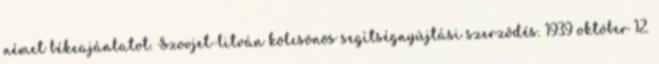
német békeajánlatot. Szovjet-litván kölcsönös segítségnyújtási szerzõdés. 1939 október 12.